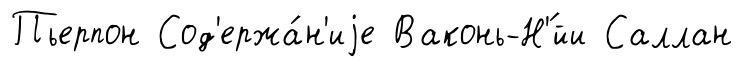
Пьерпон Сод'ержа́н'иjе Ваконь-Н'́йи Саллан